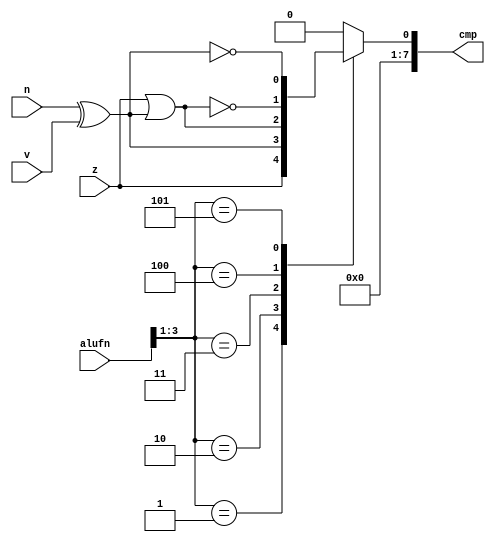
/*
   This file was generated automatically by the Mojo IDE version B1.3.5.
   Do not edit this file directly. Instead edit the original Lucid source.
   This is a temporary file and any changes made to it will be destroyed.
*/

module compare8_10 (
    input z,
    input v,
    input n,
    input [5:0] alufn,
    output reg [7:0] cmp
  );
  
  
  
  always @* begin
    cmp[0+7-:8] = 1'h0;
    
    case (alufn[1+2-:3])
      3'h1: begin
        cmp[0+0-:1] = z;
      end
      3'h2: begin
        cmp[0+0-:1] = n ^ v;
      end
      3'h3: begin
        cmp[0+0-:1] = z | (n ^ v);
      end
      3'h4: begin
        cmp[0+0-:1] = ~(z | (n ^ v));
      end
      3'h5: begin
        cmp[0+0-:1] = ~(n ^ v);
      end
    endcase
  end
endmodule